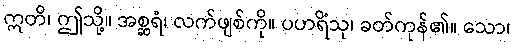
ဣတိ၊ ဤသို့။ အစ္ဆရံ၊ လက်ဖျစ်ကို။ ပဟရိံသု၊ ခတ်ကုန်၏။ သော၊